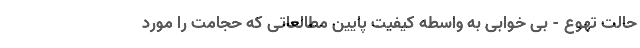
حالت تهوع - بی خوابی به واسطه کیفیت پایین مطالعاتی که حجامت را مورد